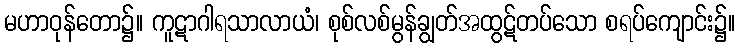
မဟာဝုန်တော၌။ ကူဋာဂါရသာလာယံ၊ စုစ်လစ်မွန်ချွတ်အထွဋ်တပ်သော စရပ်ကျောင်း၌။